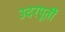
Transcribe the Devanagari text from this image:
उदरपूर्ती